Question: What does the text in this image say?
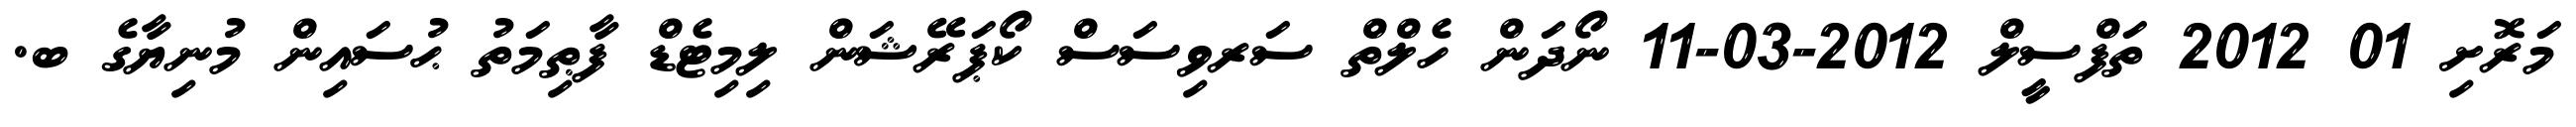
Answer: މަރޮށި 01 2012 ތަފްސީލް 2012-03-11 ނޯދަން ހެލްތް ސަރވިސަސް ކޯޕަރޭޝަން ލިމިޓެޑް ފާޠިމަތު ޙުސައިން މުނިޔާގެ ބ.